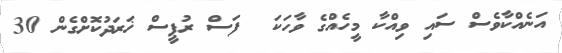
އަނެއްކާވެސް ސައި ވިއްކާ މީހެއްގެ ވާހަކަ  ފަސް ރުޕީސް ޚަރަދުކޮށްގެން 30